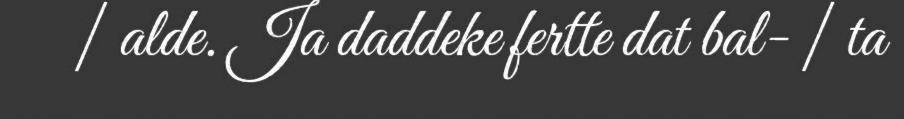
| alde. Ja daddeke fertte dat bal- | ta